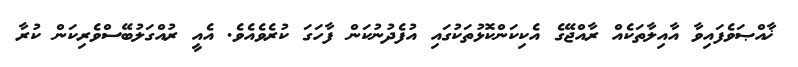
ޚާއްޞަވެފައިވާ އާއިލާތަކެއް ރާއްޖޭގެ އެކިކަންކޮޅުތަކުގައި އުފެދުނުކަން ފާހަގަ ކުރެވެއެވެ. އެއީ ރުއްގަލުބޭސްވެރިކަން ކުރާ